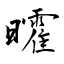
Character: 曤